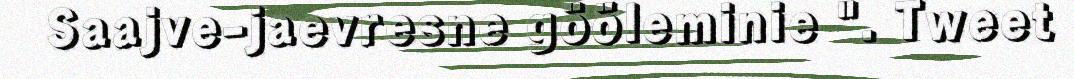
Saajve-jaevresne gööleminie ". Tweet